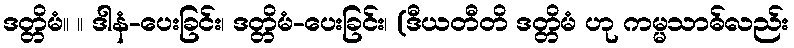
ဒတ္တိမံ။ ။ ဒါနံ-ပေးခြင်း၊ ဒတ္တိမံ-ပေးခြင်း၊ (ဒီယတီတိ ဒတ္တိမံ ဟု ကမ္မသာဓ်လည်း